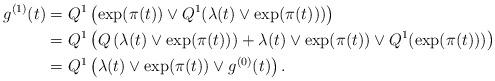
LaTeX: \begin{align*} g^{(1)}(t)& =Q^1 \left(\exp(\pi(t)) \vee Q^1(\lambda(t)\vee \exp(\pi(t)))\right) \\& =Q^1\left(Q\left(\lambda(t)\vee \exp(\pi(t))\right) + \lambda(t)\vee \exp(\pi(t)) \vee Q^1(\exp(\pi(t)))\right) \\& = Q^1\left(\lambda(t)\vee \exp(\pi(t)) \vee g^{(0)}(t)\right).\end{align*}